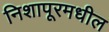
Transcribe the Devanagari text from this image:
निशापूरमधील